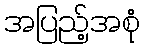
အပြည့်အစုံ